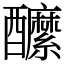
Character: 醿